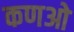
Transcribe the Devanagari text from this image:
कणओ